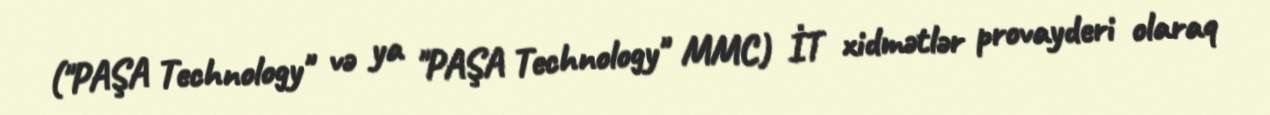
("PAŞA Technology" və ya "PAŞA Technology" MMC) İT xidmətlər provayderi olaraq